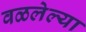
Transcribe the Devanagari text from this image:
वळलेल्या